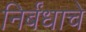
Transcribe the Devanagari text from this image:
निर्बंधाचे